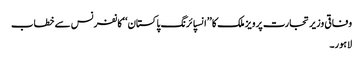
وفاقی وزیر تجارت پرویز ملک کا ’’انسپائرنگ پاکستان‘‘کانفرنس سے خطاب
لاہور۔